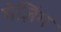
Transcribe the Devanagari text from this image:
गेज़िंग